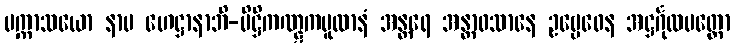
ပက္ကာသယော နာမ ဟေဋ္ဌာနာဘိ-ပိဋ္ဌိကဏ္ဋကမူလာနံ အန္တရေ အန္တာဝသာနေ ဥဗ္ဗေဓေန အဋ္ဌင်္ဂုလမတ္တော